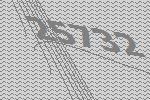
25732